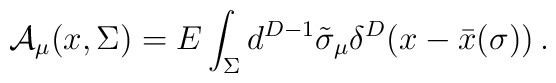
{\cal A}_{\mu}(x,\Sigma ) = E\int_{\Sigma } d^{D-1} \tilde{\sigma}_{\mu}\delta^{D} (x-\bar{x}(\sigma)) \, .